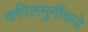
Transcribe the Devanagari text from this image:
कपिलमुनींकडे